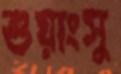
শুয়াংসু